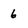
Character: 6